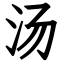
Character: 汤